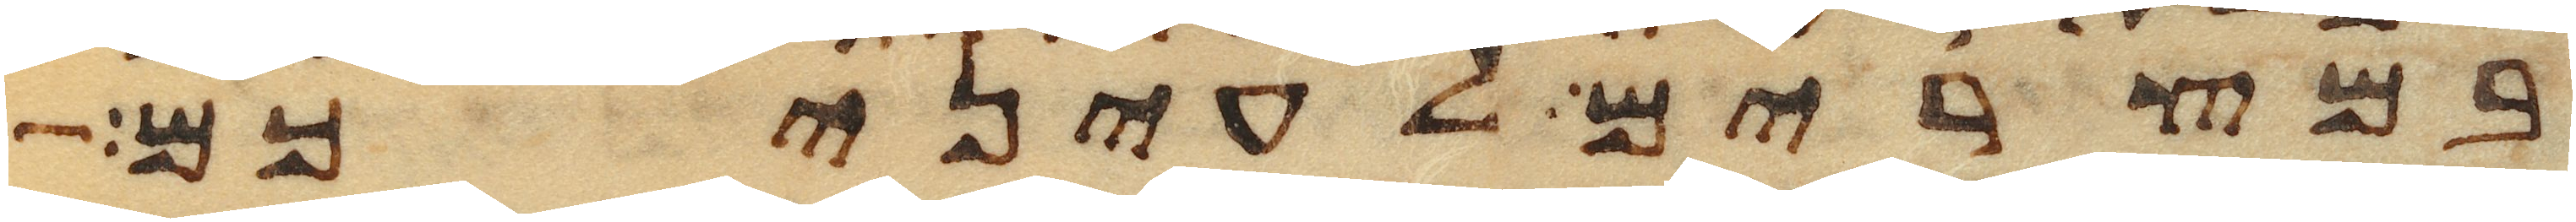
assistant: במצרים לעיניכם